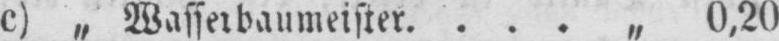
.... „ 0,20